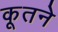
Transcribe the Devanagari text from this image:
कूतने